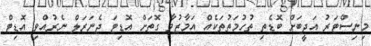
މިނިސްޓަރު އަދީބަށް ބޮޑެތި ތުހުމަތުތަކެއް އަމާޒުވާ ގޮތަށް އޮޑިޓަ ޖެނަރަލް ނެރުއްވި އޮޑިޓް